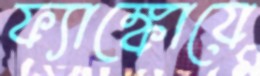
ফ্যাঙ্কোয়ে